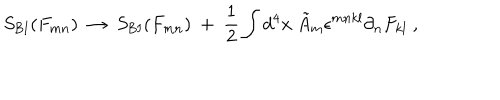
LaTeX: S _ { \mathrm { B I } } ( F _ { m n } ) \ \rightarrow \ S _ { \mathrm { B I } } ( F _ { m n } ) \ + \ { \frac { 1 } { 2 } } \int d ^ { 4 } x \ \tilde { A } _ { m } \epsilon ^ { m n k l } \partial _ { n } F _ { k l } \ ,